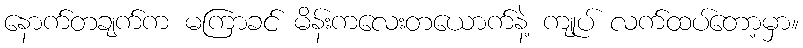
နောက်တချက်က မကြာခင် မိန်းကလေးတယောက်နဲ့ ကျုပ် လက်ထပ်တော့မှာ။